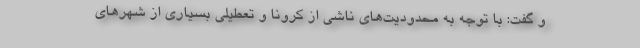
و گفت: با توجه به محدودیت‌های ناشی از کرونا و تعطیلی بسیاری از شهرهای